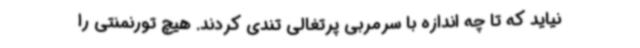
نیاید که تا چه اندازه با سرمربی پرتغالی تندی کردند. هیچ تورنمنتی را